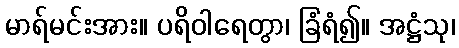
မာရ်မင်းအား။ ပရိဝါရေတွာ၊ ခြံရံ၍။ အဋ္ဌံသု၊